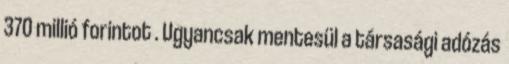
370 millió forintot . Ugyancsak mentesül a társasági adózás